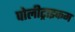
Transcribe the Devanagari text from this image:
पोलीट्राइकम